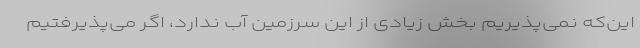
این‌که نمی‌پذیریم بخش زیادی از این سرزمین آب ندارد، اگر می‌پذیرفتیم